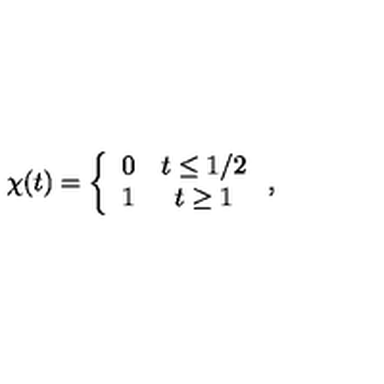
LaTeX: \chi ( t ) = \left\{ \begin{array} { c c } { 0 } & { t \leq 1 / 2 } \\ { 1 } & { t \geq 1 } \\ \end{array} \right. ,